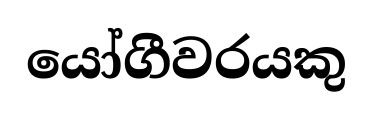
යෝගීවරයකු